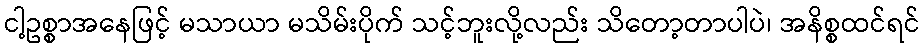
ငါ့ဥစ္စာအနေဖြင့် မသာယာ မသိမ်းပိုက် သင့်ဘူးလို့လည်း သိတော့တာပါပဲ၊ အနိစ္စထင်ရင်